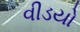
વીડયો